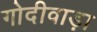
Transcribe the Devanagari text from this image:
गोदीवाड़ा